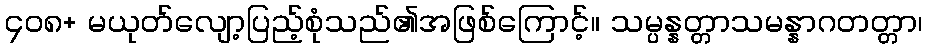
၄၀၈+ မယုတ်လျော့ပြည့်စုံသည်၏အဖြစ်ကြောင့်။ သမ္ပန္နတ္တာသမန္နာဂတတ္တာ၊